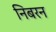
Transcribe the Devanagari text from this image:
निबरन